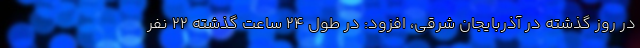
در روز گذشته در آذربایجان شرقی، افزود: در طول ۲۴ ساعت گذشته ۲۲ نفر